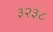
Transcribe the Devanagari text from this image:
३२३८